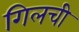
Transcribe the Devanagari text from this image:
गिलची